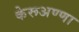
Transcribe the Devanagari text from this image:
केरूअण्णा